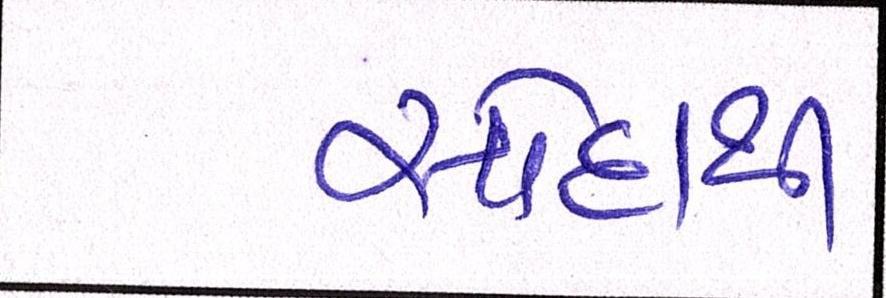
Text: સોદાથી